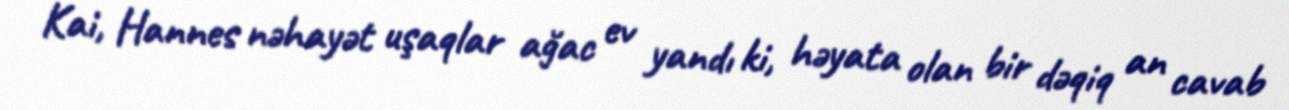
Kai, Hannes nəhayət uşaqlar ağac ev yandı ki, həyata olan bir dəqiq an cavab